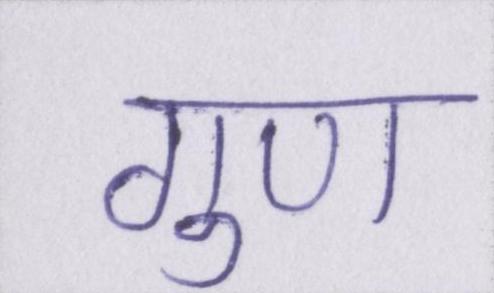
गुण